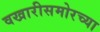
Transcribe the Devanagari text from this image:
वखारीसमोरच्या